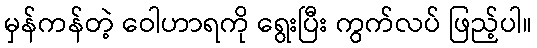
မှန်ကန်တဲ့ ဝေါဟာရကို ရွေးပြီး ကွက်လပ် ဖြည့်ပါ။